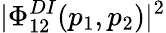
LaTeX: |\Phi_{12}^{DI}(p_{1},p_{2})|^{2}